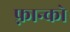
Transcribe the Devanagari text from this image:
फ़्रान्को